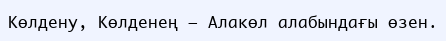
Көлдену, Көлденең – Алакөл алабындағы өзен.